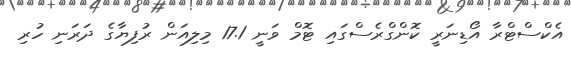
އެކްސްޓްރާ އޯޑިނަރީ ކޮންގްރެސްގައި ޓޮމް ވަނީ 17.1 މިލިއަން ރުފިޔާގެ ދަރަނި ހުރި